King Institute of Preventive Medicine Micro-Biological Section reports 1912-19
Year: 1912
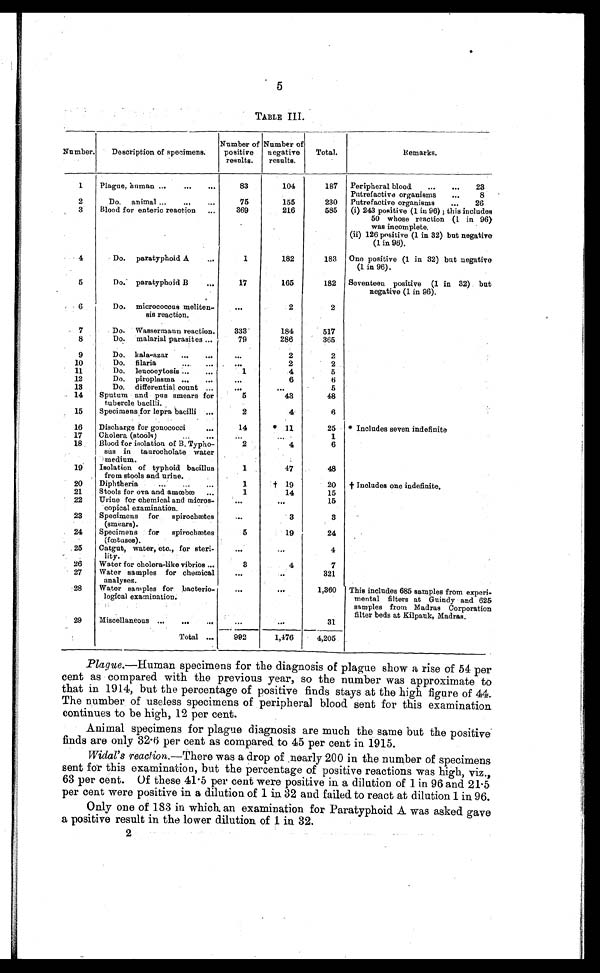
5
TABLE III.
Number.
Description of specimens.
Number of
positive
results.
Number of
negative
results.
Total.
Remarks.
1
Plague, human . . .
83
104
187
Peripheral blood . . . 23
Putrefactive organisms . . . 8
2
Do. animal . . .
75
155
230
Putrefactive organisms . . . 26
3
Blood for enteric reaction . . .
369
216
585
(i) 243 positive (1 in 96); this includes
50 whose reaction (1 in 96)
was incomplete.
(ii) 126 positive (1 in 32) but negative
(1 in 96).
4
Do. paratyphoid A. . . .
1
182
183
One positive (1 in 32) but negative
(1 in 96).
5
Do. paratyphoid B . . .
17
165
182
Seventeen positive (1 in 32) but
negative (1 in 96).
6
Do. micrococcus meliten-
sis reaction.
. . .
2
2
7
Do. Wassermann reaction.
333
184
517
8
Do. malarial parasites . . .
79
286
365
9
Do. kala-azar . . .
. . .
2
2
10
Do. filaria . . .
. . .
2
2
1 1
Do. leucocytosis . . .
1
4
5
12
Do. piroplasma . . .
. . .
6
6
13
Do. differential count . . .
. . .
. . .
5
14
Sputum and pus smears for
tubercle bacilli.
5
43
48
15
Specimens for lepra bacilli . . .
2
4
6
16
Discharge for gonococci . . .
14
* 11
25
* Includes seven indefinite
17
Cholera (stools) . . .
. . .
. . .
1
18
Blood for isolation of B. Typho-
sus in taurocholate water
medium.
2
4
6
19
Isolation of typhoid bacillus
from stools and urine.
1
47
48
20
Diphtheria . . .
1
† 19
1
† Includes one indefinite.
21
Stools for ova and amœbæ . . .
1
14
15
22
Urine for chemical and micros-
copical examination.
. . .
. . .
15
23
Specimens for
spirochætes
(smears).
. . .
3
3
24
Specimens for
spirochætes
(fœtuses).
5
19
24
25
Catgut, water, etc., for steri-
lity.
. . .
. . .
4
26
Water for cholera-like vibrios . . .
3
4
7
27
Water samples for chemical
analyses.
. . .
. . .
321
28
Water samples for bacterio-
logical examination.
. . .
. . .
1,360
This includes 685 samples from experi -
mental filters at Guindy and 625
samples from Madras Corporation
filter beds at kilpauk, Madras.
29
Miscellaneous . . .
. . .
. . .
31
Total . . .
992
1,476
4,205
Plague.—Human specimens for the diagnosis of plague show a rise of 54 per
cent as compared with the previous year, so the number was approximate to
that in 1914, but the percentage of positive finds stays at the high figure of 44.
The number of useless specimens of peripheral blood sent for this examination
continues to be high, 12 per cent.
Animal specimens for plague diagnosis are much the same but the positive
finds are only 32.6 per cent as compared to 45 per cent in 1915.
Widal's reaction.—There was a drop of nearly 200 in the number of specimens
sent for this examination, but the percentage of positive reactions was high, viz.,
63 per cent. Of these 41.5 per cent were positive in a dilution of 1 in 96 and 21.5
per cent were positive in a dilution of 1 in 32 and failed to react at dilution 1 in 96.
Only one of 183 in which an examination for Paratyphoid A was asked gave
a positive result in the lower dilution of 1 in 32.
2